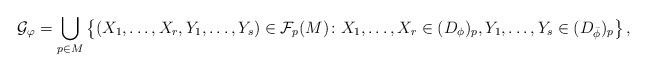
LaTeX: \begin{align*}\mathcal G_{\varphi} =\bigcup_{p\in M} \left\{ (X_1, \ldots, X_r, Y_1, \ldots ,Y_s) \in \mathcal F_p (M) \colon X_1, \ldots , X_r \in (D_{\phi})_p, Y_1, \ldots , Y_s \in (D_{\bar\phi})_p\right\},\end{align*}